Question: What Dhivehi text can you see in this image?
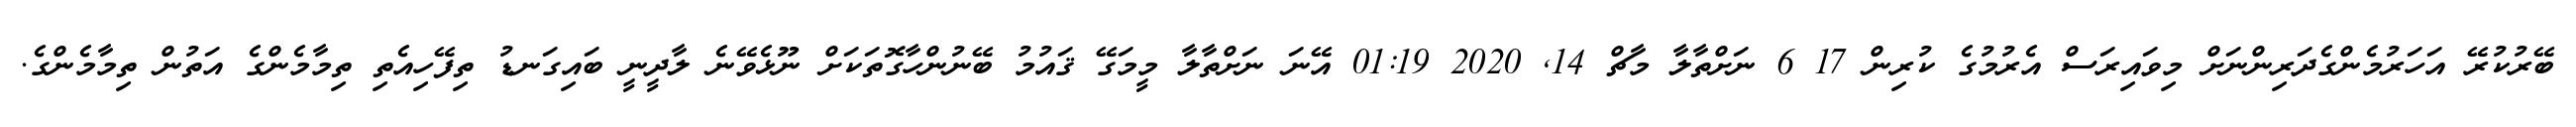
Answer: ބޭރުކުރޭ އަހަރުމެންގެދަރިންނަށް މިވައިރަސް އެރުމުގެ ކުރިން 17 6 ނަށްތާލާ މާޗް 14, 2020 01:19 އޭނަ ނަށްތާލާ މީމަގޭ ޤައުމު ބޭނުންހާގޮތަކަށް ނޫޅެވޭނެ ލާދީނީ ބައިގަނޑު ތިފޭހިއެތި ތިމާމެންގެ އަތުން ތިމާމެންގެ.